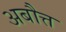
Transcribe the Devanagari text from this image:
अबौत्त